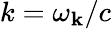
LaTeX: k=\omega_{\mathbf{k}}/c